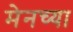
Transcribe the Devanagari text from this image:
मेनच्या